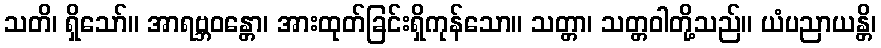
သတိ၊ ရှိသော်။ အာရဗ္ဘဝန္တော၊ အားထုတ်ခြင်းရှိကုန်သော။ သတ္တာ၊ သတ္တဝါတို့သည်။ ယံပညာယန္တိ၊